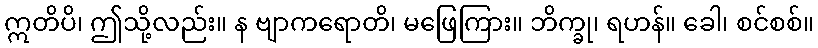
ဣတိပိ၊ ဤသို့လည်း။ န ဗျာကရောတိ၊ မဖြေကြား။ ဘိက္ခု၊ ရဟန်။ ခေါ၊ စင်စစ်။